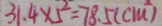
3 1 . 4 \times 5 ^ { 2 } = 7 8 . 5 ( c m ^ { 2 } )